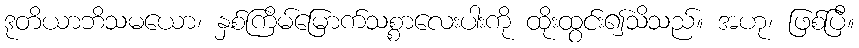
ဒုတိယာဘိသမယော၊ နှစ်ကြိမ်မြောက်သစ္စာလေးပါးကို ထိုးထွင်း၍သိသည်။ အဟု၊ ဖြစ်ပြီ။